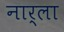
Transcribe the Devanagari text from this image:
नार्ला